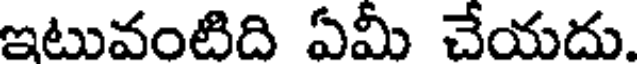
ఇటువంటిది ఏమీ చేయదు.